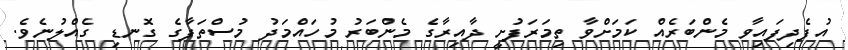
އުފެދިފައިވާ މެންބަރެއް ކަމަށްވާ ތިމަރަފުށީ ދާއިރާގެ މެންބަރު މުހައްމަދު މުސްތަފާގެ ގޮނޑި ގެއްލުނެވެ.